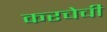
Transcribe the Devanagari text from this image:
करचेची